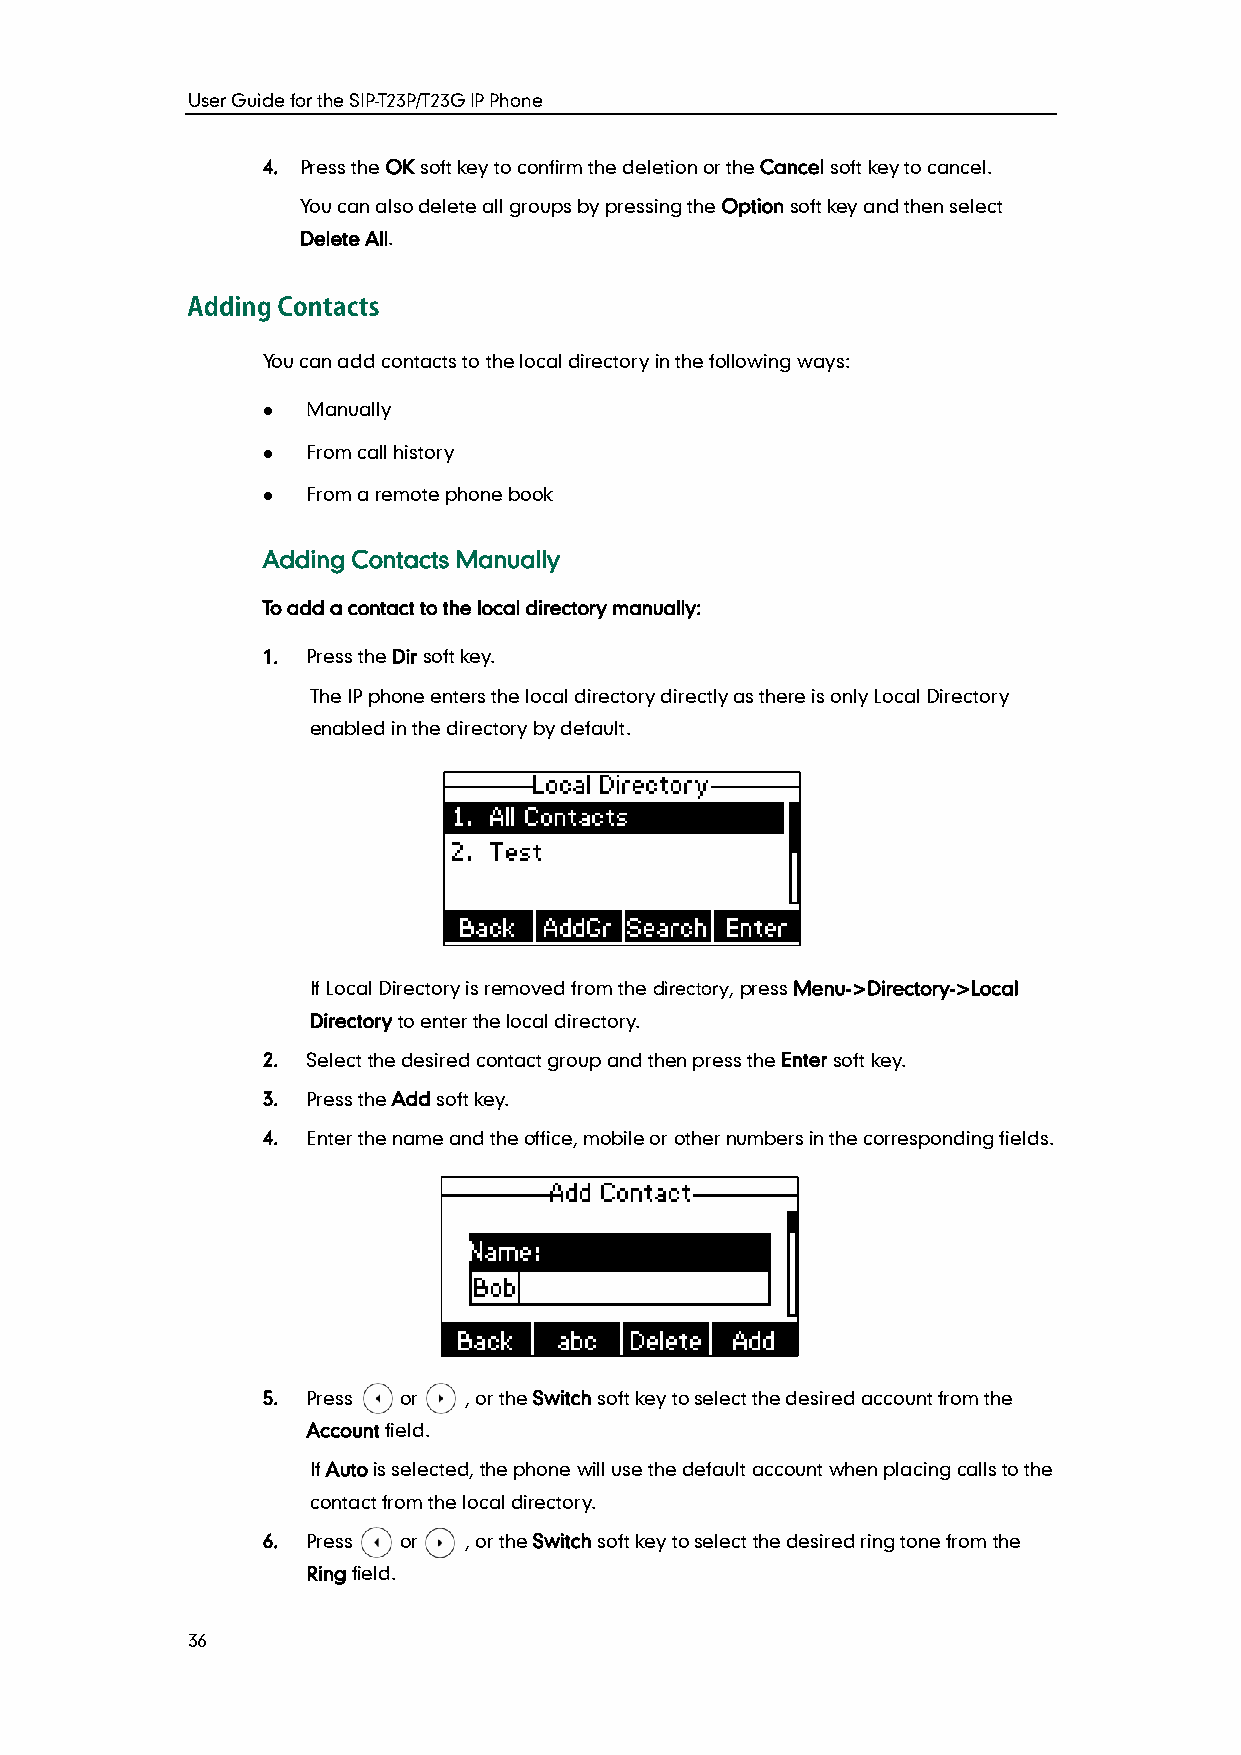
User Guide for the SIP-T23P/T23G IP Phone
 4. Press the OK soft key to confirm the deletion or the Cancel soft key to cancel.
 You can also delete all groups by pressing the Option soft key and then select
 Delete All.
 You can add contacts to the local directory in the following ways:
   Manually
   From call history
   From a remote phone book
 Adding Contacts Manually
 To add a contact to the local directory manually:
 1. Press the Dir soft key.
 The IP phone enters the local directory directly as there is only Local Directory
 enabled in the directory by default.
 If Local Directory is removed from the directory, press Menu->Directory->Local
 Directory to enter the local directory.
 2. Select the desired contact group and then press the Enter soft key.
 3. Press the Add soft key.
 4. Enter the name and the office, mobile or other numbers in the corresponding fields.
 5. Press or   , or the Switch soft key to select the desired account from the
 Account field.
 If Auto is selected, the phone will use the default account when placing calls to the
 contact from the local directory.
 6. Press or   , or the Switch soft key to select the desired ring tone from the
 Ring field.
 36